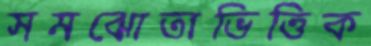
সমঝোতাভিত্তিক